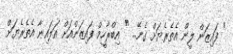
" ފައިޒަން ލީން އެތެރެޔަށް ގެނޭ... " އިބްރާހީމް ފައިޒަންއަށް އަލައިނާ އެތެރެޔަށް